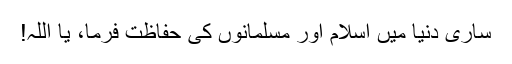
ساری دنیا میں اسلام اور مسلمانوں کی حفاظت فرما، یا اللہ!